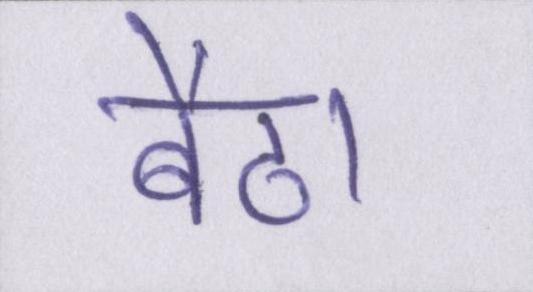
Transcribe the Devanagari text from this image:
बैठा